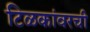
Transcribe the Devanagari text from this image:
टिळकांवरची